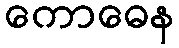
ကောဓေန